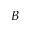
B